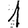
Digit: 1